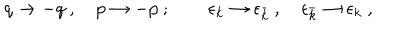
q \rightarrow - q \ , \quad p \rightarrow - p \ ; \qquad \epsilon _ { k } \rightarrow \epsilon _ { \bar { k } } \ , \quad \epsilon _ { \bar { k } } \rightarrow \epsilon _ { k } \ ,